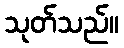
သုတ်သည်။